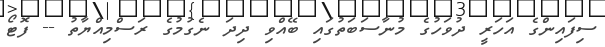
ސިފައިންގެ އަހަރީ ދުވަހުގެ މުނާސަބަތުގައި ބޭއްވި ދިދަ ނެގުމުގެ ރަސްމިއްޔާތު -- ފޮޓޯ